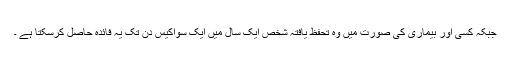
جبکہ کسی اور بیماری کی صورت میں وہ تحفظ یافتہ شخص ایک سال میں ایک سواکیس دن تک یہ فائدہ حاصل کرسکتا ہے ۔